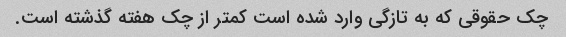
چک حقوقی که به تازگی وارد شده است کمتر از چک هفته گذشته است.